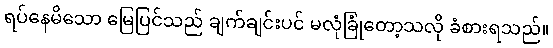
ရပ်နေမိသော မြေပြင်သည် ချက်ချင်းပင် မလုံခြုံတော့သလို ခံစားရသည်။